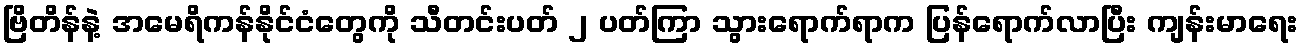
ဗြိတိန်နဲ့ အမေရိကန်နိုင်ငံတွေကို သီတင်းပတ် ၂ ပတ်ကြာ သွားရောက်ရာက ပြန်ရောက်လာပြီး ကျန်းမာရေး